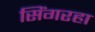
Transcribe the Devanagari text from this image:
सिंगरहा